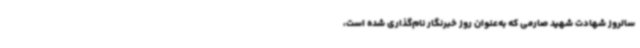
سالروز شهادت شهید صارمی که به‌عنوان روز خبرنگار نام‌گذاری شده است،